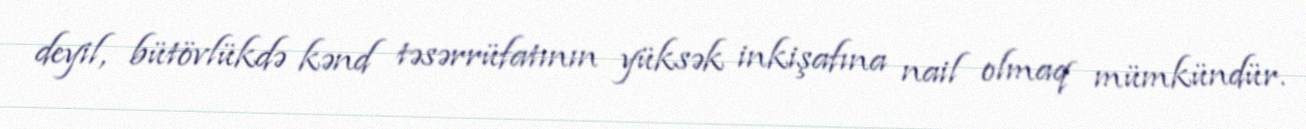
deyil, bütövlükdə kənd təsərrüfatının yüksək inkişafına nail olmaq mümkündür.